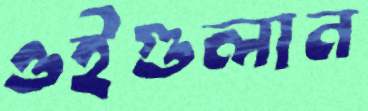
ওইগুলান